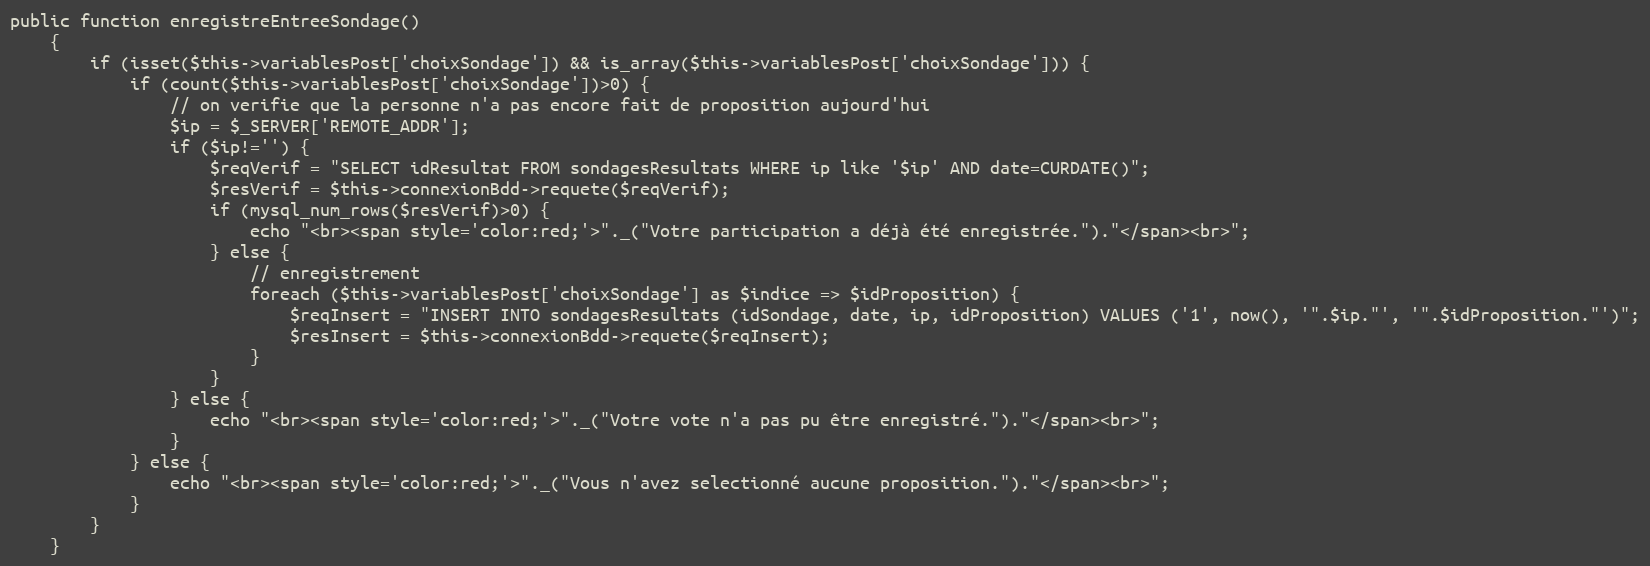
Language: PHP
public function enregistreEntreeSondage()
	{
		if (isset($this->variablesPost['choixSondage']) && is_array($this->variablesPost['choixSondage'])) {
			if (count($this->variablesPost['choixSondage'])>0) {
				// on verifie que la personne n'a pas encore fait de proposition aujourd'hui
				$ip = $_SERVER['REMOTE_ADDR'];
				if ($ip!='') {
					$reqVerif = "SELECT idResultat FROM sondagesResultats WHERE ip like '$ip' AND date=CURDATE()";
					$resVerif = $this->connexionBdd->requete($reqVerif);
					if (mysql_num_rows($resVerif)>0) {
						echo "<br><span style='color:red;'>"._("Votre participation a déjà été enregistrée.")."</span><br>";
					} else {
						// enregistrement
						foreach ($this->variablesPost['choixSondage'] as $indice => $idProposition) {
							$reqInsert = "INSERT INTO sondagesResultats (idSondage, date, ip, idProposition) VALUES ('1', now(), '".$ip."', '".$idProposition."')";
							$resInsert = $this->connexionBdd->requete($reqInsert);
						}
					}
				} else {
					echo "<br><span style='color:red;'>"._("Votre vote n'a pas pu être enregistré.")."</span><br>";
				}
			} else {
				echo "<br><span style='color:red;'>"._("Vous n'avez selectionné aucune proposition.")."</span><br>";
			}
		}
	}